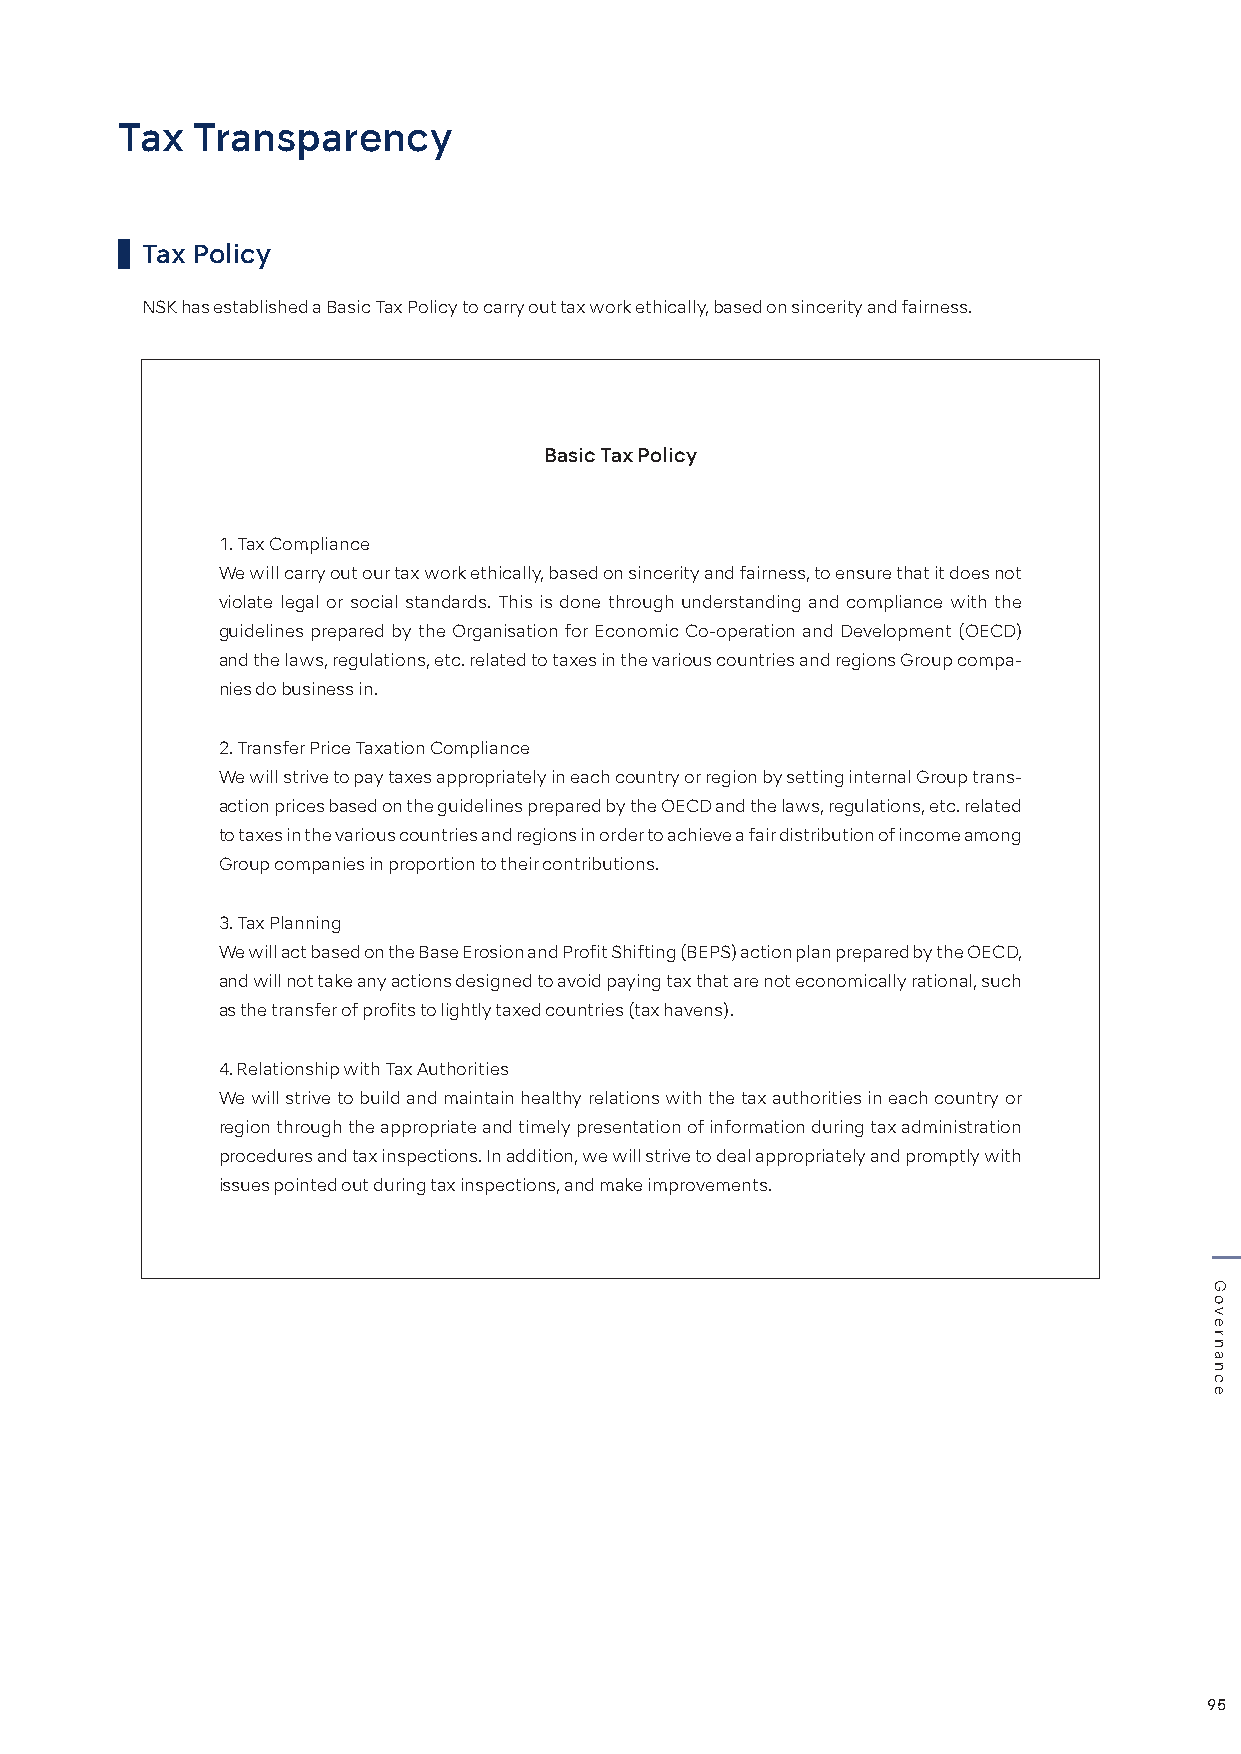
Tax  Transparency
 Tax Policy
 NSK has established a Basic Tax Policy to carry out tax work ethically, based on sincerity and fairness.
 Basic Tax Policy
 1. Tax Compliance
 We will carry out our tax work ethically, based on sincerity and fairness, to ensure that it does not
 violate legal or social standards. This is done through understanding and compliance with the
 guidelines prepared by the Organisation for Economic Co-operation and Development (OECD)
 and the laws, regulations, etc. related to taxes in the various countries and regions Group compa-
 nies do business in.
 2. Transfer Price Taxation Compliance
 We will strive to pay taxes appropriately in each country or region by setting internal Group trans-
 action prices based on the guidelines prepared by the OECD and the laws, regulations, etc. related
 to taxes in the various countries and regions in order to achieve a fair distribution of income among
 Group companies in proportion to their contributions.
 3. Tax Planning
 We will act based on the Base Erosion and Profit Shifting (BEPS) action plan prepared by the OECD,
 and will not take any actions designed to avoid paying tax that are not economically rational, such
 as the transfer of profits to lightly taxed countries (tax havens).
 4. Relationship with Tax Authorities
 We will strive to build and maintain healthy relations with the tax authorities in each country or
 region through the appropriate and timely presentation of information during tax administration
 procedures and tax inspections. In addition, we will strive to deal appropriately and promptly with
 issues pointed out during tax inspections, and make improvements.
 95
 Governance